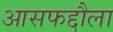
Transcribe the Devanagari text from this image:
आसफद्दौला